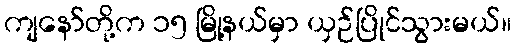
ကျနော်တို့က ၁၅ မြို့နယ်မှာ ယှဉ်ပြိုင်သွားမယ်။